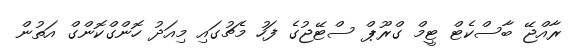
ރާއްޖޭ ބާސްކެޓް ޓީމް ގްރޫޕް ސްޓޭޖުގެ ފަހު މެޗުގައި މިއަދު ހޮންގްކޮންގް އަތުން